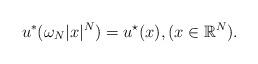
LaTeX: \begin{align*}u^* (\omega _N |x|^N ) = u^{\star} (x ), (x\in \mathbb{R}^N ).\end{align*}